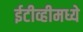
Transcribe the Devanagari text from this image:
ईटीव्हीमध्ये